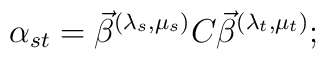
\alpha_{st} = \vec\beta^{(\lambda_{s} , \mu_{s})} C \vec\beta^{(\lambda_{t}, \mu_{t})} ;